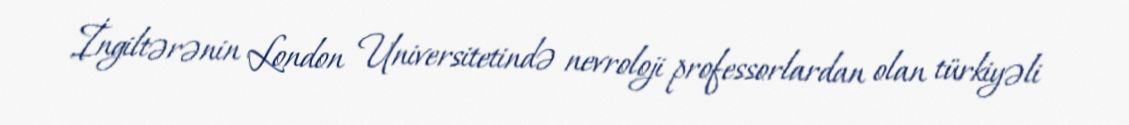
İngiltərənin London Universitetində nevroloji professorlardan olan türkiyəli